Scottish Leaving Certificate Examination, 1959
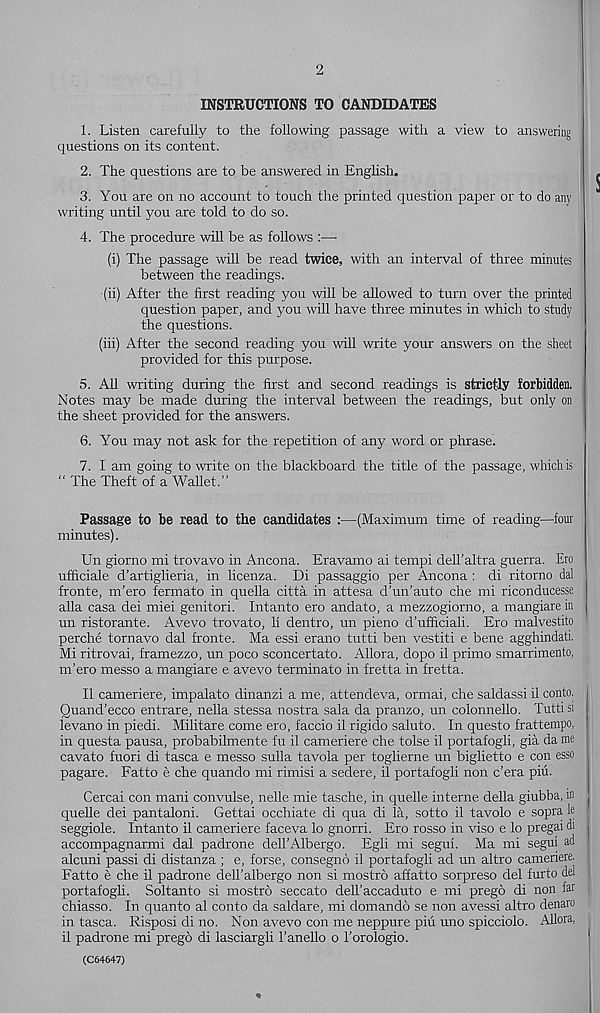
2
INSTRUCTIONS TO CANDIDATES
1. Listen carefully to the following passage with a view to answering
questions on its content.
2. The questions are to be answered in English.
3. You are on no account to touch the printed question paper or to do any
writing until you are told to do so.
4. The procedure will be as follows :—■
(i) The passage will be read twice, with an interval of three minutes
between the readings.
(ii) After the first reading you will be allowed to turn over the printed
question paper, and you will have three minutes in which to study
the questions.
(iii) After the second reading you will write your answers on the sheet
provided for this purpose.
5. All writing during the first and second readings is strictly forbidden.
Notes may be made during the interval between the readings, but only on
the sheet provided for the answers.
6. You may not ask for the repetition of any word or phrase.
7. I am going to write on the blackboard the title of the passage, which is
“ The Theft of a Wallet.”
Passage to be read to the candidates :—(Maximum time of reading—four
minutes).
Un giorno mi trovavo in Ancona. Eravamo ai tempi dell ultra guerra. Ero
uf&ciale d’artiglieria, in licenza. Di passaggio per Ancona : di ritorno dal
fronte, m’ero fermato in quella citta in attesa d’un’auto che mi riconducesse
alia casa dei miei genitori. Intanto ero andato, a mezzogiorno, a mangiare in
un ristorante. Avevo trovato, 11 dentro, un pieno d’ufficiali. Ero malvestito
perche tornavo dal fronte. Ma essi erano tutti ben vestiti e bene agghindati.
Mi ritrovai, framezzo, un poco sconcertato. Allora, dopo il primo smarrimento,
m’ero messo a mangiare e avevo terminate in fretta in fretta.
II cameriere, impalato dinanzi a me, attendeva, ormai, che saldassi il conto.
Quand’ecco entrare, nella stessa nostra sala da pranzo, un colonnello. Tutti si
levano in piedi. Militare come ero, faccio il rigido saluto. In questo frattempo,
in questa pausa, probabilmente fu il cameriere che tolse il portafogli, gia da me
cavato fuori di tasca e messo sulla tavola per toglierne un biglietto e con esso
pagare. Fatto e che quando mi rimisi a sedere, il portafogli non e’era piu.
Cercai con mani convulse, nelle mie tasche, in quelle interne della giubba, in
quelle dei pantaloni. Gettai occhiate di qua di la, sotto il tavolo e sopra le
seggiole. Intanto il cameriere faceva lo gnorri. Ero rosso in viso e lo pregai di
accompagnarmi dal padrone dell’Albergo. Egli mi segui. Ma mi segui ad
alcuni passi di distanza ; e, forse, consegno il portafogli ad un altro cameriere.
Fatto e che il padrone dell’albergo non si mostro affatto sorpreso del furto del
portafogh. Soltanto si mostro seccato dell’accaduto e mi prego di non far
chiasso. In quanto al conto da saldare, mi domando se non avessi altro denaro
in tasca. Risposi di no. Non avevo con me neppure piu uno spicciolo. Allora,
il padrone mi prego di lasciargli I’anello o I’orologio.
(C64647)